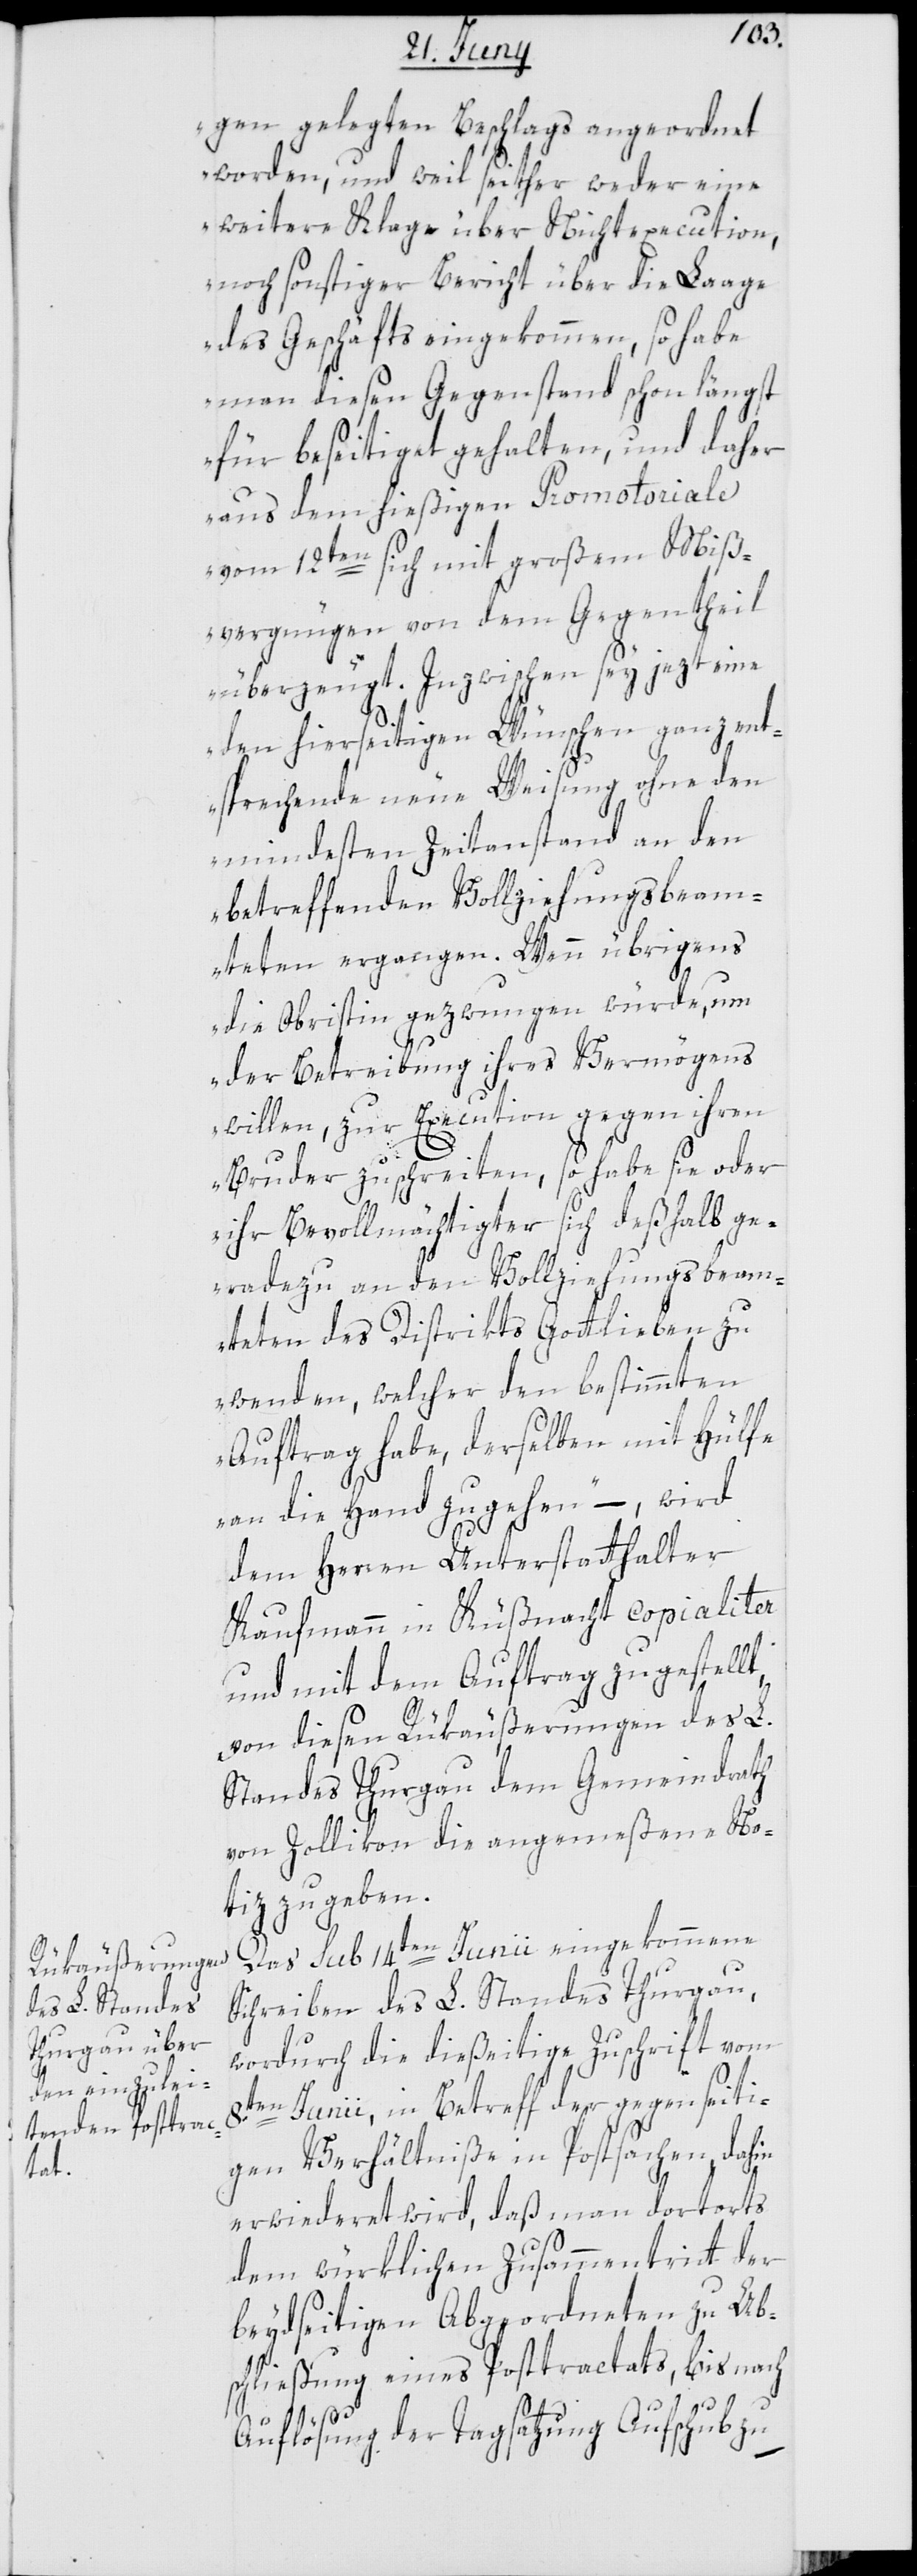
t,

gen gelegten Beschlags angeordnet
worden, und weil seither weder eine
weitere Klage über Nichtexecution,
noch sonstiger Bericht über die Laage
des Geschäfts eingekommen, so habe
man diesen Gegenstand schon längst
für beseitiget gehalten, und daher
aus dem hießigen Promotoriale
vom 12ten sich mit großem Miß¬
vergnügen von dem Gegentheil
überzeugt. Inzwischen sey jezt eine
den hierseitigen Wünschen ganz ent¬
sprechende neue Weisung ohne den
mindesten Zeitenstand an den
betreffenden Vollziehungsbeam¬
teten ergangen. Wenn übrigens
die Obristin gezwungen würde, um
der Betreibung ihres Vermögens
willen, zur Execution gegen ihren
Bruder zu schreiten, so habe sie oder
ihr Bevollmächtigter sich deßhalb ge¬
radezu an den Vollziehungsbeam¬
teten des Distrikts Gottlieben zu
wenden, welcher den bestimmten
Auftrag habe, derselben mit Hülfe
an die Hand zu gehen,“ – wird
dem Herren Unterstatthalter
Kaufmann in Küßnacht copialiter
und mit dem Auftrag zugestell¬
von diesen Rükäußerungen des L.
Standes Thurgau dem Gemeindrath
von Zollikon die angemeßene No¬
tiz zu geben.
Das sub 14ten Junii eingekommene
Schreiben des L. Standes Thurgau,
wordurch die dießeitige Zuschrift vom
8ten Junii, in Betreff der gegenseiti¬
gen Verhältniße in Postsachen, dahin
erwiederet wird, daß man dortorts
dem würklichen Zusammentritt der
beydseitigen Abgeordneten zu Ab¬
schließung eines Posttractats, bis nach
Auflösung der Tagsatzung Aufschub zu